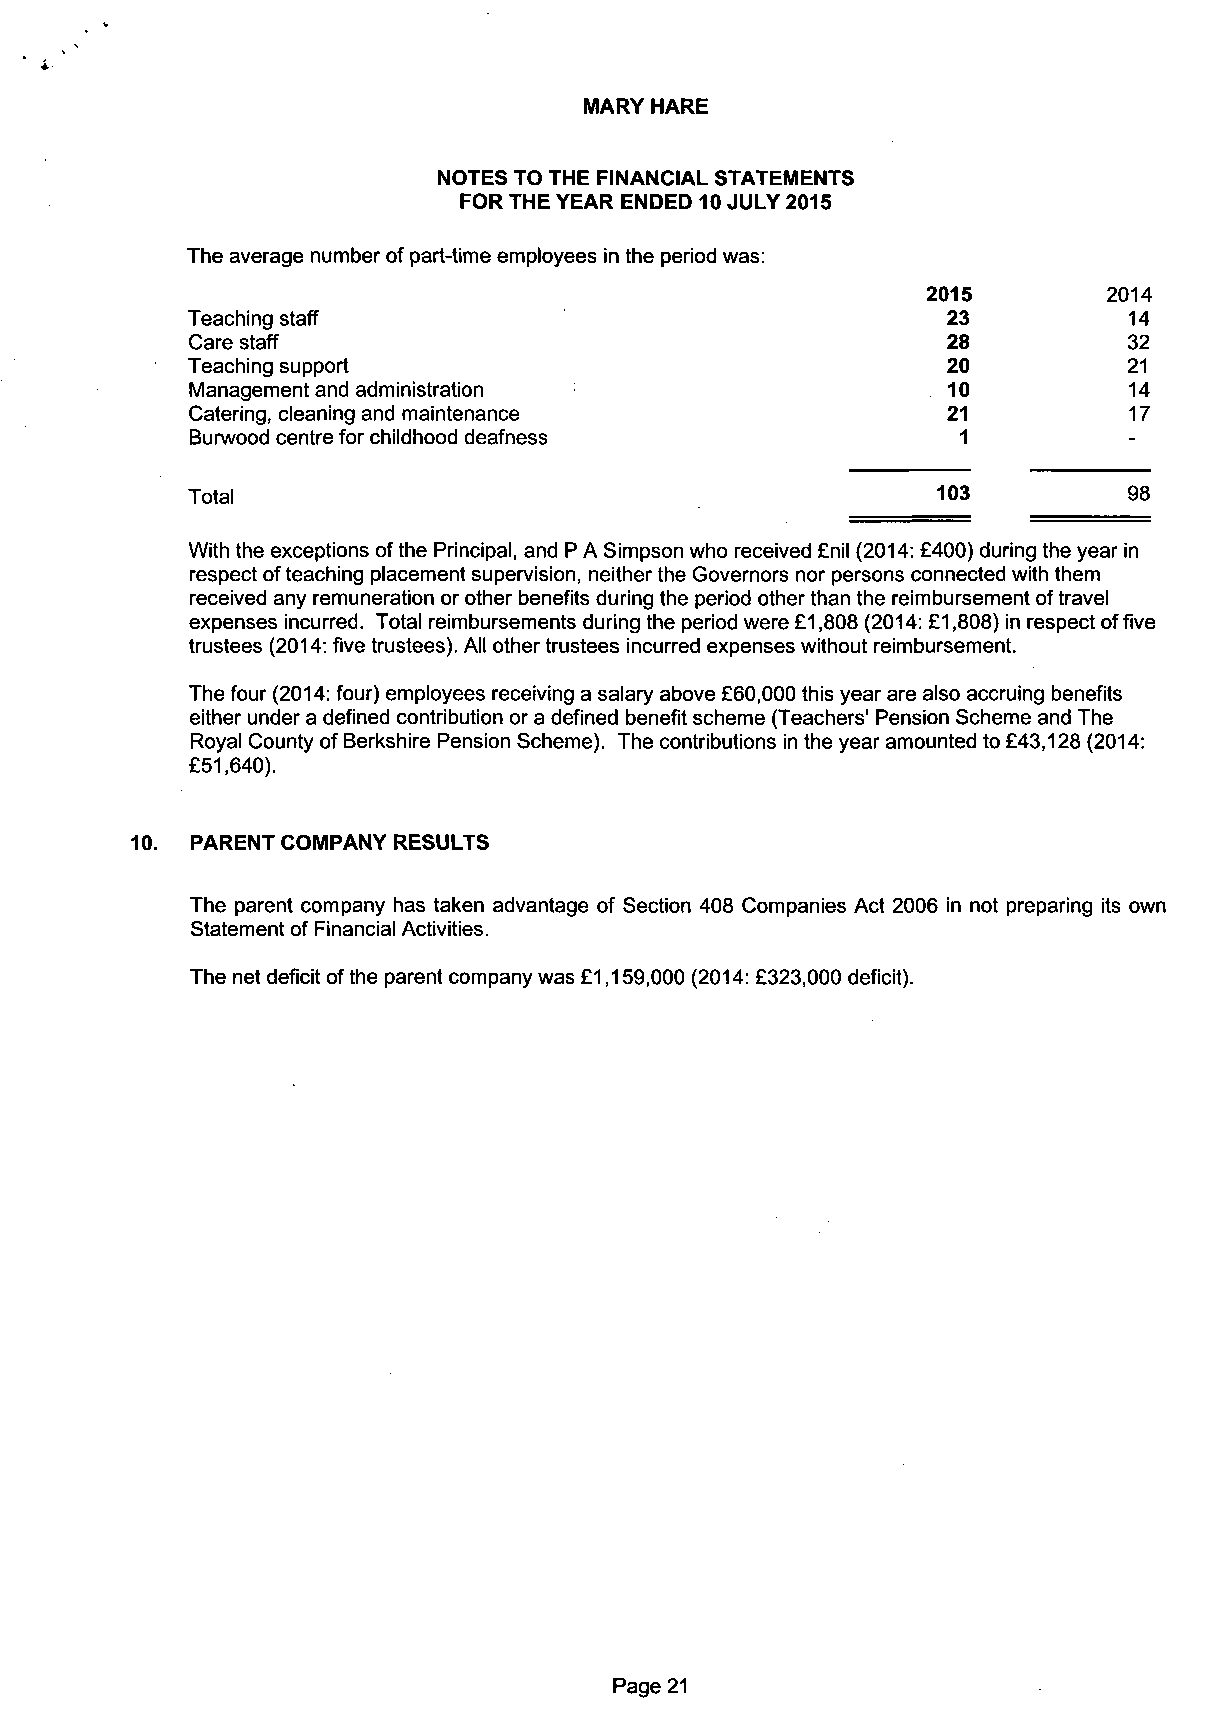
MARY HARE
 NOTES TO THE FINANCIAL STATEMENTS
 FOR THE YEAR ENDED 10 JULY 2015
 The average number of part-time employees in the period was:
 2015         2014
 Teaching staff                                     23          14
 Care staff                                         28          32
 Teaching support                                   20          21
 Management and administration                     10          14
 Catering, cleaning and maintenance                21          17
 Burwood centre for childhood deafness              1
 Total                                             103          98
 With the exceptions of the Principal, and P A Simpson who received £nil (2014: £400) during the year in
 respect of teaching placement supervision, neither the Governors nor persons connected with them
 received any remuneration or other benefits during the period other than the reimbursement of travel
 expenses incurred. Total reimbursements during the period were £1,808 (2014: £1,808) in respect of five
 trustees (2014: five trustees). All other trustees incurred expenses without reimbursement.
 The four (2014: four) employees receiving a salary above £60,000 this year are also accruing benefits
 either under a defined contribution or a defined benefit scheme (Teachers' Pension Scheme and The
 Royal County of Berkshire Pension Scheme). The contributions in the year amounted to £43,128 (2014:
 £51,640).
 PARENT COMPANY RESULTS
 The parent company has taken advantage of Section 408 Companies Act 2006 in not preparing its own
 Statement of Financial Activities.
 The net deficit of the parent company was £1,159,000 (2014: £323,000 deficit).
 Page 21